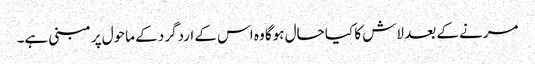
مرنے کے بعد لاش کا کیا حال ہوگا وہ اس کے اردگرد کے ماحول پر مبنی ہے۔